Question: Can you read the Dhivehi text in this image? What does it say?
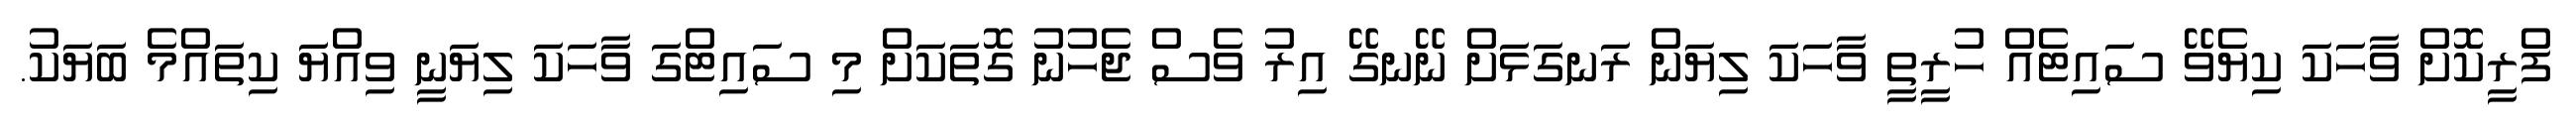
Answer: ފްރީކޮށް ވާހަކަ ކިޔެވޭ ސައިޓެއް ހުރީތީ ވާހަކަ ލިޔަން ރަނގަޅަށް ނޭނގޭ އިރު ވެސް ޖެހުނު ގޮތަކަށް މި ސައިޓްގަ ވާހަކަ ލިޔަނީ ވިއްޔަ ކިތައްމެ ބަޔަކު.